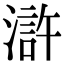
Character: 滸